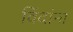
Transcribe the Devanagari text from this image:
विंदांना